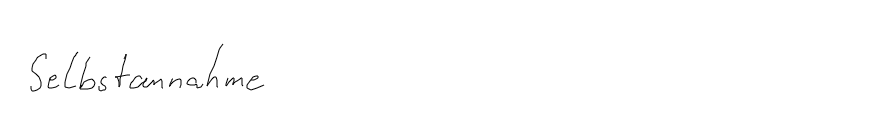
Selbstannahme